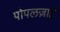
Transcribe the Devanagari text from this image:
पोपलज़ाई